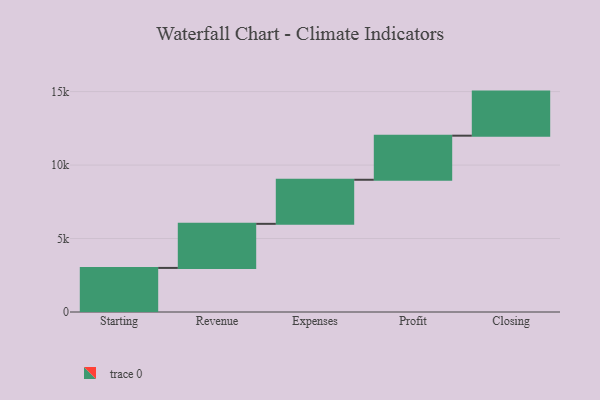
{"axis": {"x": "Step", "y": "Value"}, "legend": [""], "data": [{"x": "Starting", "y": 3000, "type": ""}, {"x": "Revenue", "y": 3000, "type": ""}, {"x": "Expenses", "y": 3000, "type": ""}, {"x": "Profit", "y": 3000, "type": ""}, {"x": "Closing", "y": 3000, "type": ""}]}